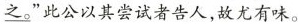
之。”此公以其尝试者告人，故尤有味。